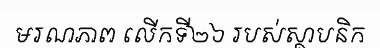
មរណភាព លើកទី២៦ របស់ស្ថាបនិក